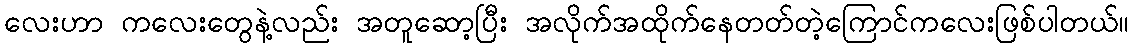
လေးဟာ ကလေးတွေနဲ့လည်း အတူဆော့ပြီး အလိုက်အထိုက်နေတတ်တဲ့ကြောင်ကလေးဖြစ်ပါတယ်။